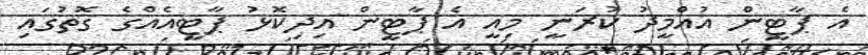
އެ ޕާޓީން އުއްމީދު ކުރަނީ މިއީ އެ ޕާޓީން އިދިކޮޅު ޕާޓީއެއްގެ ގޮތުގައި